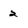
Character: 2